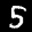
Label: 5